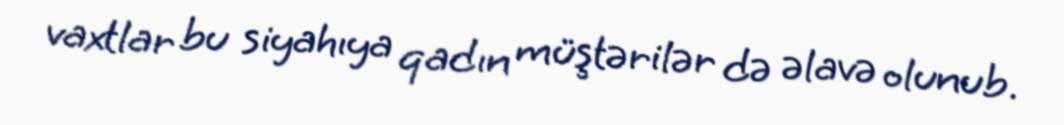
vaxtlar bu siyahıya qadın müştərilər də əlavə olunub.